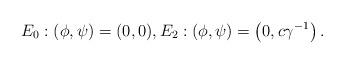
LaTeX: \begin{align*}E_{0}: (\phi, \psi)=(0,0), E_{2}: (\phi, \psi)=\left( 0, c\gamma^{-1}\right).\end{align*}